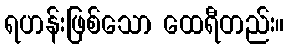
ရဟန်းဖြစ်သော ထေရီတည်း။